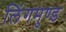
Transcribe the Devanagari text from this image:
लिंगमुण्ड